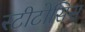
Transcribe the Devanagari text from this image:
स्टीटोसिस